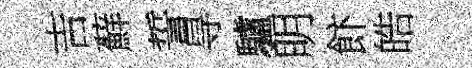
吉蘚誓㝵驢眀飰皓